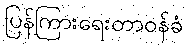
ပြန်ကြားရေးတာဝန်ခံ